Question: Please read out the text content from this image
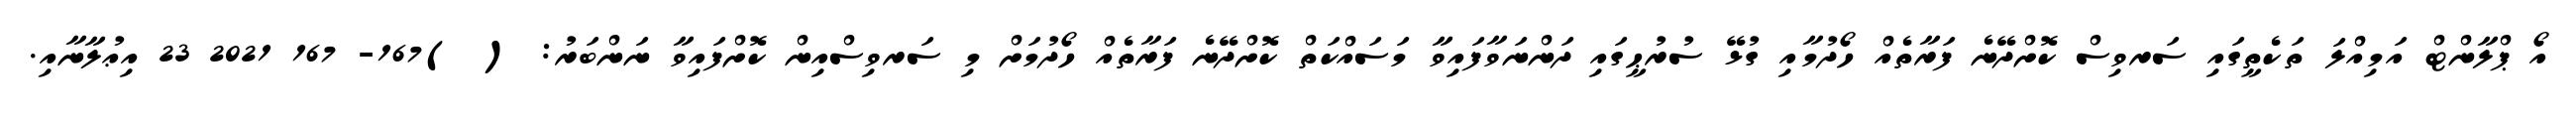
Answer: އޯ ޕްލާންޓް އަމިއްލަ ތަކެތީގައި ސަރވިސް ކޮށްދޭނެ ފަރާތެއް ހޯދުމާއި ގުޅޭ ސުރުޙީގައި ދަންނަވާފައިވާ މަސައްކަތް ކޮށްދޭނެ ފަރާތެއް ހޯދުމަށް މި ސަރވިސްއިން ކޮށްފައިވާ ނަންބަރު: ( )167- 167 2021 23 އިޢުލާނާއި.